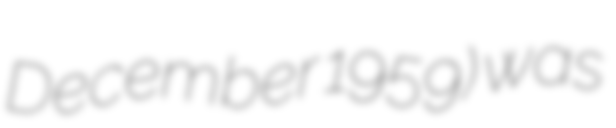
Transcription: December 1959) was